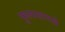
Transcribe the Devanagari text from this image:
फुलासारखे